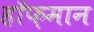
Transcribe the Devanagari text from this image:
हॉफ़मान